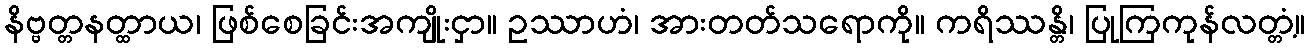
နိဗ္ဗတ္တနတ္ထာယ၊ ဖြစ်စေခြင်းအကျိုးငှာ။ ဥဿာဟံ၊ အားတတ်သရောကို။ ကရိဿန္တိ၊ ပြုကြကုန်လတ္တံ့။